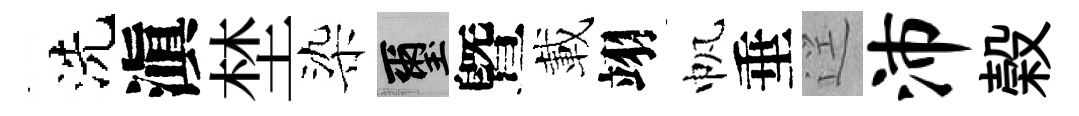
洗滇埜染璽曁載翊帆垂逕沛榖